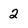
Character: 2